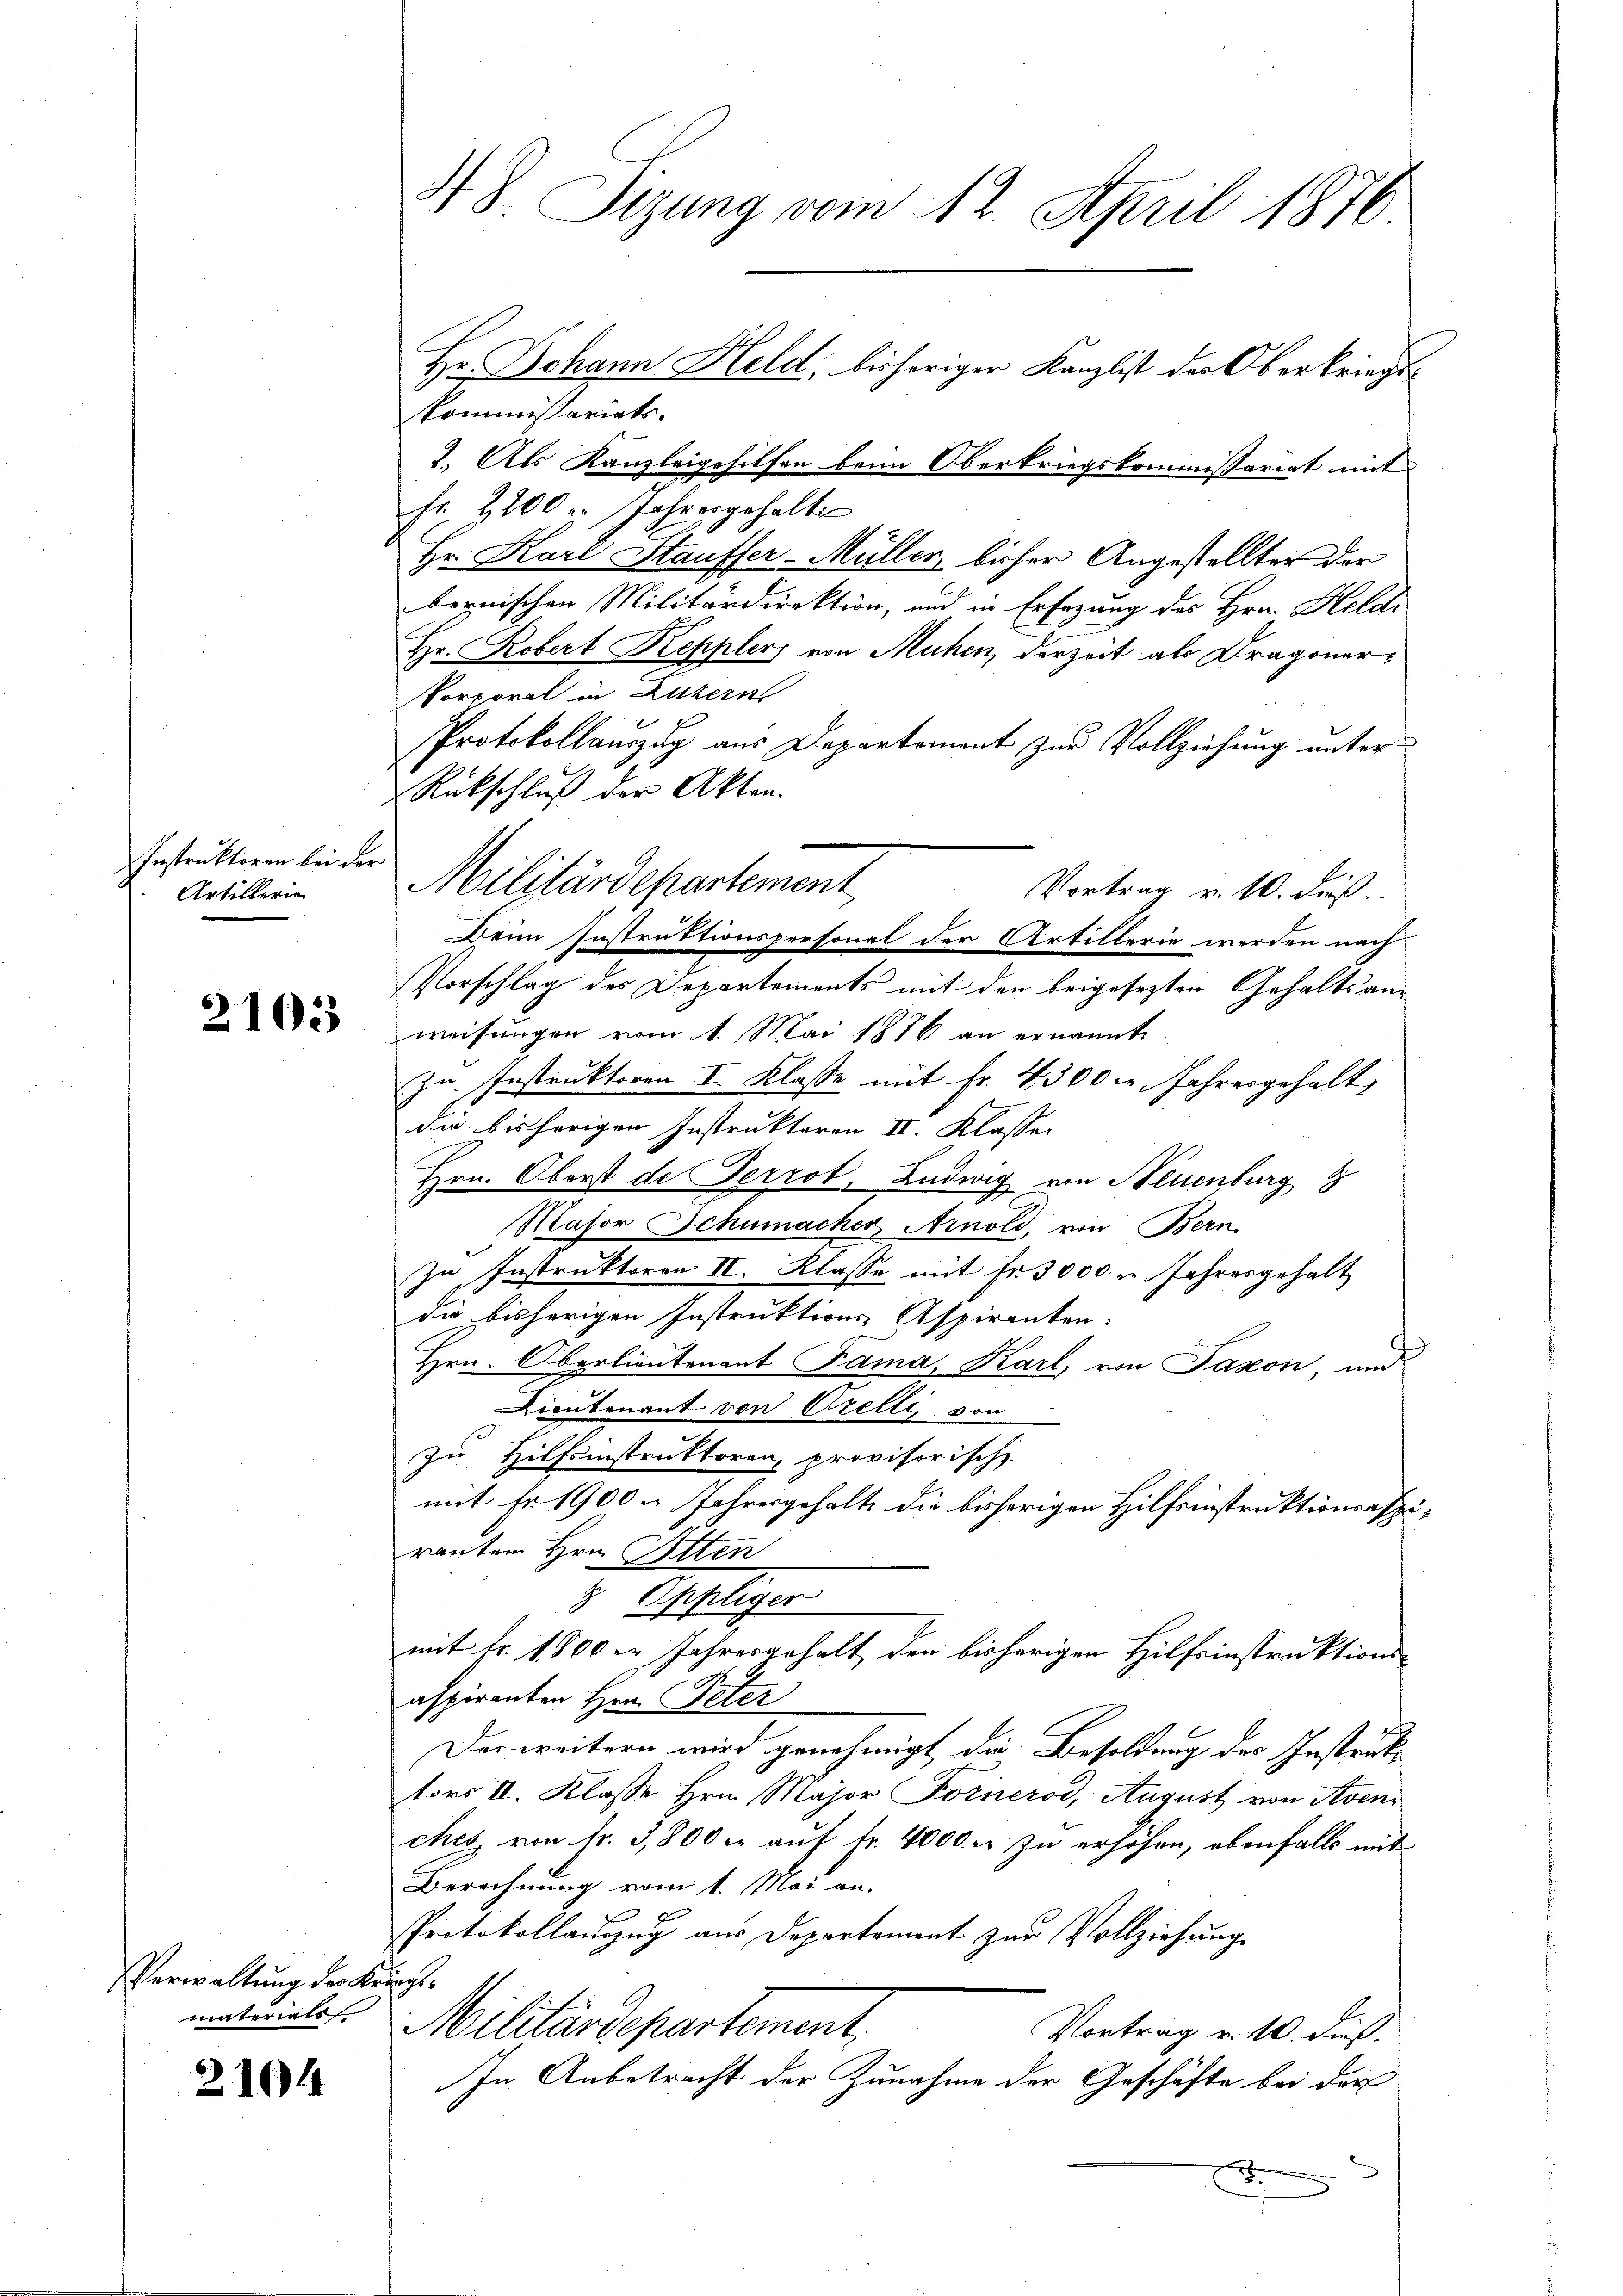
Instruktoren bei der
Artillerien

2103

Verwaltung der Kriegs¬

2104

kommissariats.
1. Als Kanzleigehilfen beim Oberkriegskommissariat mit
Fr. 2100 Jahresgehalte
Hr. Karl Stauffer-Müller, bisher Angestellter der
bernischen Militärdirektion, und in Ersezung des Hrn. Heldr
Hr. Robert Kepplers von Mühen, derzeit als Dragoner¬
Porporat in Luzern
Protokollauszug aus Departement zur Vollziehung unter
Rückschluß der Akten.
Deim Instruktionspersonal der Artillerin werden nach
Vorschlag des Departements mit den beigesezten Gehaltsanweisungen vom 1. Mai 1876 an ernannte
zu Instruktoren I. Klasse mit Fr. 4300 c. Jahresgehalt
da bisherigen Instruktoren II. Klasser
Hrn. Oberst de Terrot, Ludwig von Neuenburg
Masor Schumacher Arnold, von Bern.
zu Instruktoren II. Klasse mit Fr. 3000 in Jahresgehalt
die bisherigen Instruktions- Aspiranten.
Hrn. Oberlieutenant Fama, Karl, von Saxon, und
Lieutenant von Grelli, von
zu Hilfsinstruktoren, provisorische
mit Fr. 1900 u. Jahresgehalte die bisherigen Hilfsinstruktionsspirauten Hrn. Alten
 Oppliger
mit Fr. 1800 er Jahresgehalt den bisherigen Hilfsinstruktions-
aspiranten Hrn. Peter
Der weitern wird genehmigt die Besoldung des Instruktors II. Klasse Hrn. Major Fornerod, August von Aven
ches von fr. 3,800 c. aŭf fr. 4000. u zu erhöhen, ebenfalls mit
Berechnung vom 1. Mai an.
Protokollauszug aus Departement zur Vollziehung
materiales Militärdepartement,
Vortrag v. 10. dieß.
In Anbetracht der Zunahme der Geschäfte bei der
.

48. Sizung vom 12. April 1876
Hr. Johann Held, bisheriger Kanzlist der Oberkriegs¬

Militärdepartement

Vortrag v. 10. dieß.